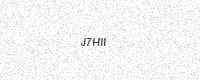
Text: J7HII